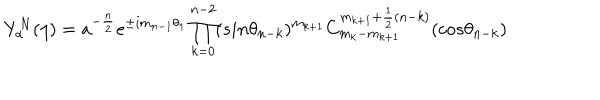
LaTeX: Y _ { \alpha } ^ { N } ( \eta ) = a ^ { - \frac { n } { 2 } } e ^ { \pm i m _ { n - 1 } \theta _ { 1 } } \prod _ { k = 0 } ^ { n - 2 } ( s i n { \theta _ { n - k } } ) ^ { m _ { k + 1 } } C _ { m _ { k } - m _ { k + 1 } } ^ { m _ { k + 1 } + \frac { 1 } { 2 } ( n - k ) } ( c o s { \theta _ { n - k } } )